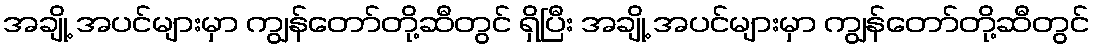
အချို့ အပင်များမှာ ကျွန်တော်တို့ဆီတွင် ရှိပြီး အချို့ အပင်များမှာ ကျွန်တော်တို့ဆီတွင်